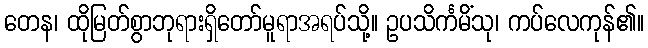
တေန၊ ထိုမြတ်စွာဘုရားရှိတော်မူရာအရပ်သို့။ ဥပသိင်္ကမိံသု၊ ကပ်လေကုန်၏။